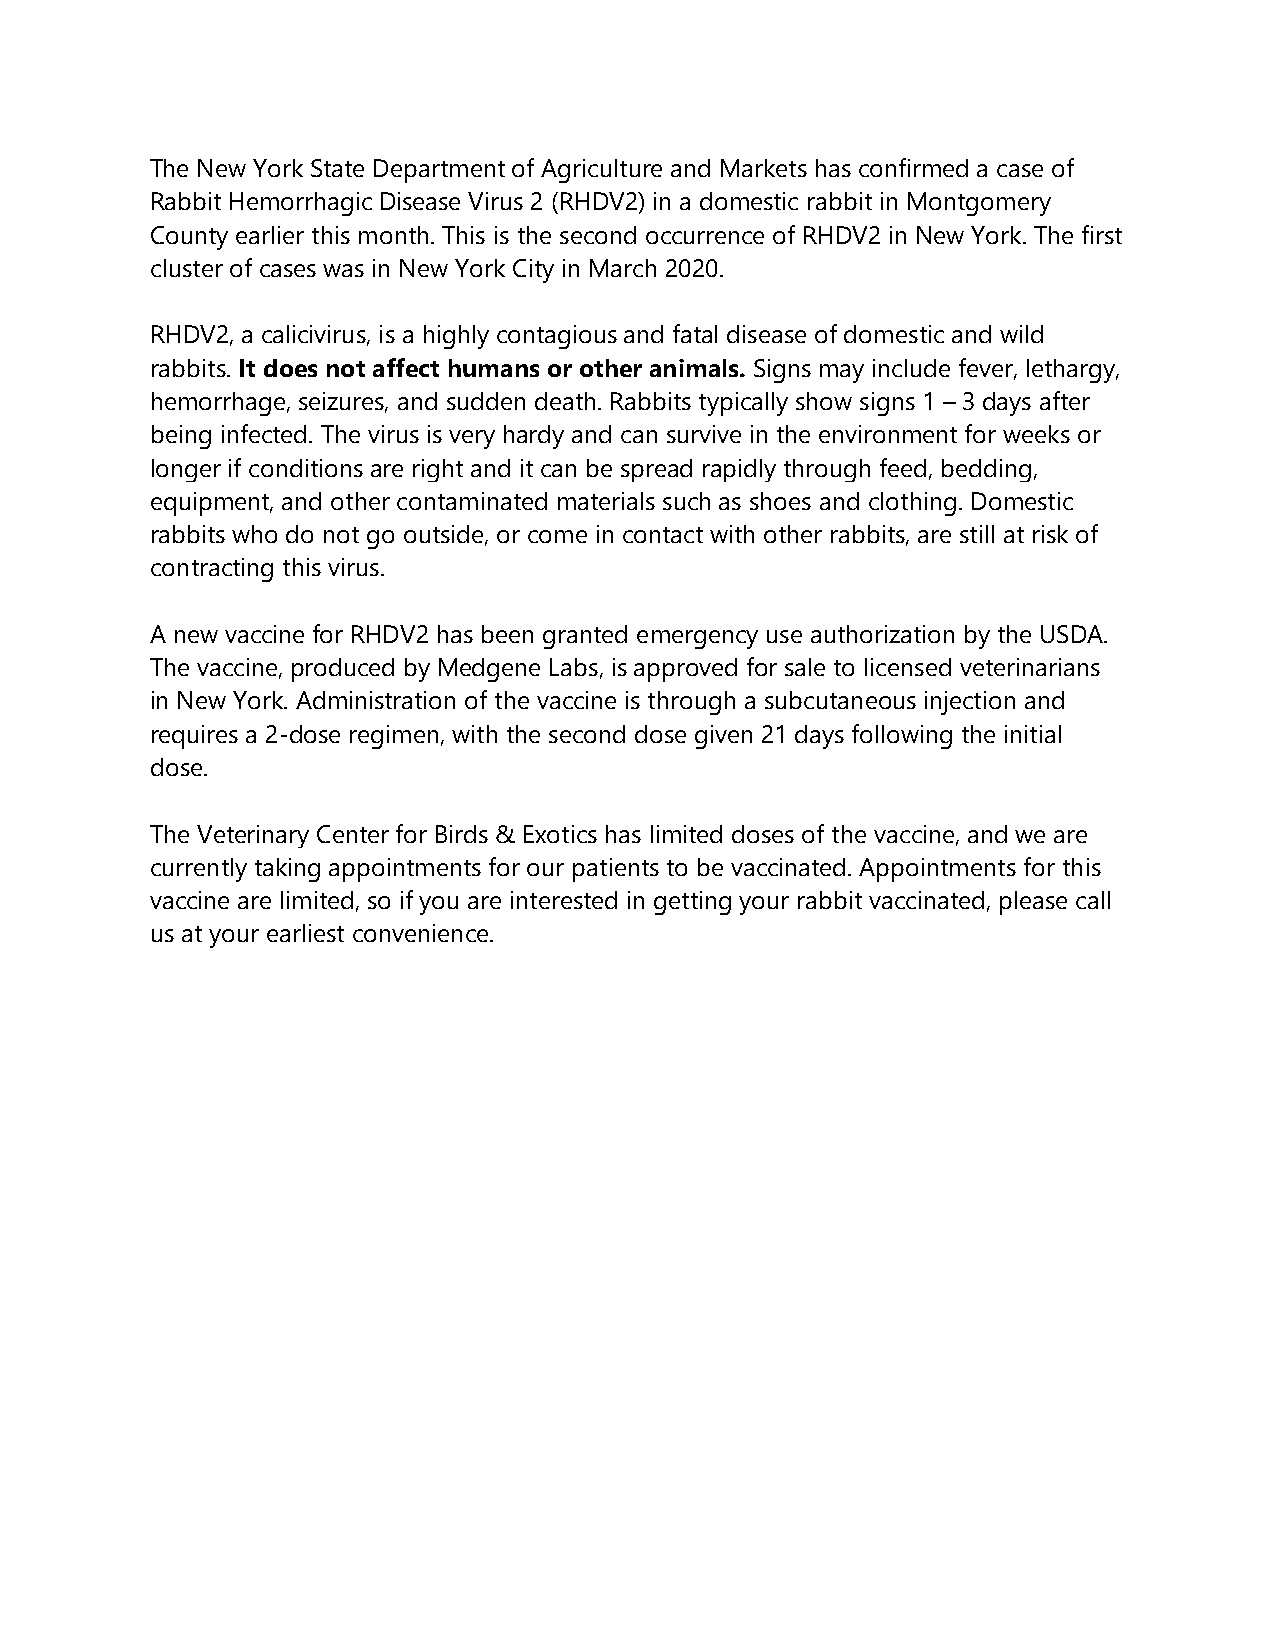
The New York State Department of Agriculture and Markets has confirmed a case of
 Rabbit Hemorrhagic Disease Virus 2 (RHDV2) in a domestic rabbit in Montgomery
 County earlier this month. This is the second occurrence of RHDV2 in New York. The first
 cluster of cases was in New York City in March 2020.
 RHDV2, a calicivirus, is a highly contagious and fatal disease of domestic and wild
 rabbits. It does not affect humans or other animals. Signs may include fever, lethargy,
 hemorrhage, seizures, and sudden death. Rabbits typically show signs 1 – 3 days after
 being infected. The virus is very hardy and can survive in the environment for weeks or
 longer if conditions are right and it can be spread rapidly through feed, bedding,
 equipment, and other contaminated materials such as shoes and clothing. Domestic
 rabbits who do not go outside, or come in contact with other rabbits, are still at risk of
 contracting this virus.
 A new vaccine for RHDV2 has been granted emergency use authorization by the USDA.
 The vaccine, produced by Medgene Labs, is approved for sale to licensed veterinarians
 in New York. Administration of the vaccine is through a subcutaneous injection and
 requires a 2-dose regimen, with the second dose given 21 days following the initial
 dose.
 The Veterinary Center for Birds & Exotics has limited doses of the vaccine, and we are
 currently taking appointments for our patients to be vaccinated. Appointments for this
 vaccine are limited, so if you are interested in getting your rabbit vaccinated, please call
 us at your earliest convenience.